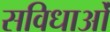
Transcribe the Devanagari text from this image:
सविधाओं